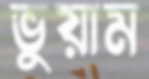
ভুয়াম